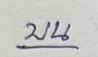
บน